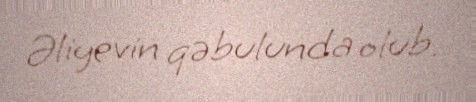
Əliyevin qəbulunda olub.